Malaria in the Duars
Disease focus: Malaria
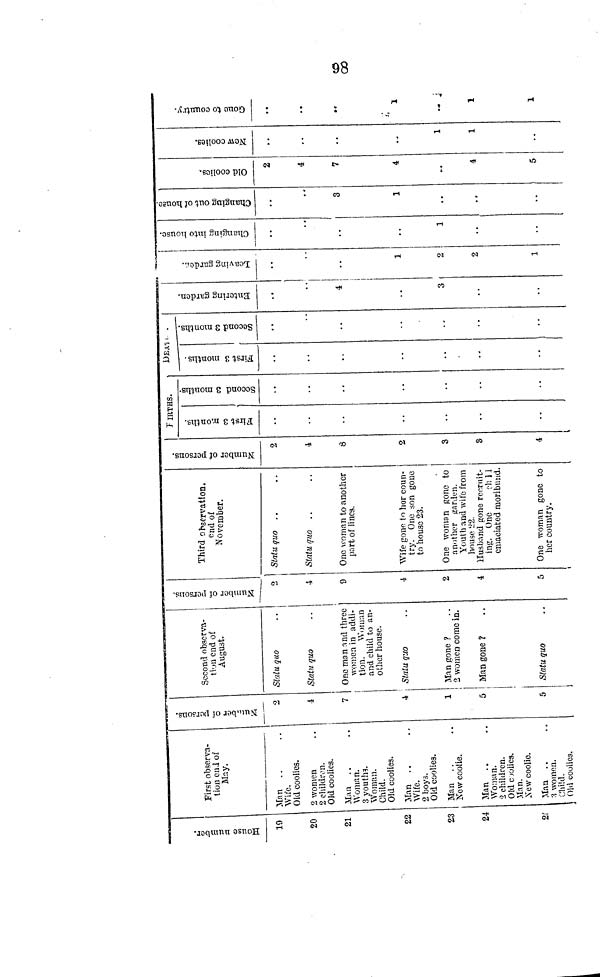
98
House number.
19
20
21
22
23
24
2;
First observa-
tion end of
May.
Man
Wife.
Old coolies.
2 women
2 children.
Old coolies.
Man . .
Woman.
3 youths.
Woman.
Child.
Old coolies.
Man
Wife.
2 boys.
Old coolies.
Man
New coolie.
Man . .
Woman.
2 children.
Old coolies.
Man.
New coolie.
Man
3 women.
Child.
Old coolies.
Number of
persons.
2.
4
7
4
1
5
5
Second observa-
tion end of
August.
Statu quo
Statu quo
One man and three
women in addi-
tion.
Woman
and child to an-
other house.
Statu quo
Man gone ?
2 women come in.
Man gone ?
Statu quo
Number of
persons.
4
9
4
2
4
5
Third observation.
end of
November.
Statu quo . .
Statu quo ..
One woman to another
part of lines.
Wife gone to her coun-
try. One son gone
to house 23.
One woman gone to
another garden.
Youth and wife from
house 22
Husband gone recruit-
ing. One
eh 1 1
emaciated moribund.
One woman gone to
her country.
2
Number of
persons.
2
4
8
2
3
3
4
BIRTHS.
First 3
months.
Second 3
months.
DEATH..
First 3
months.
"
1
Second 3
months.
••
Entering Garden.
4
3
! 3
Leaving Garden.
1
2
2
1
Changing into
House.
1
3
Changing out of 3
House.
3
1
Old Coolies.
2
4
7
4
4
5
New Coolies.
1
1
[
Gone to Countr
..
1
-
1
1